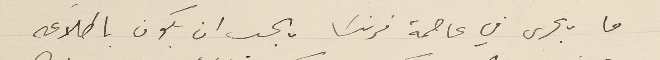
ما يجرى في عاصمة فرنسَا يجب ان يكون باطلاعه